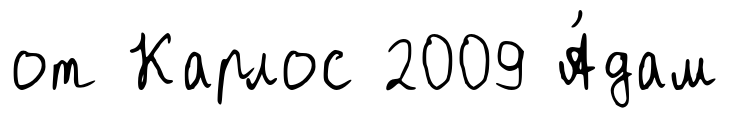
от Карлос 2009 А́дам